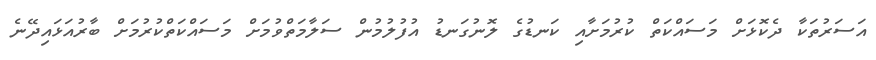
އަސަރުތަކާ ދެކޮޅަށް މަސައްކަތް ކުރުމަށާއި ކަނޑުގެ ލޮނުގަނޑު އުފުލުމުން ސަލާމަތްވުމަށް މަސައްކަތްކުރުމަށް ބާރުއަޅައިދޭނެ